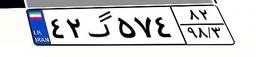
۴۲گ۵۷۴۸۲